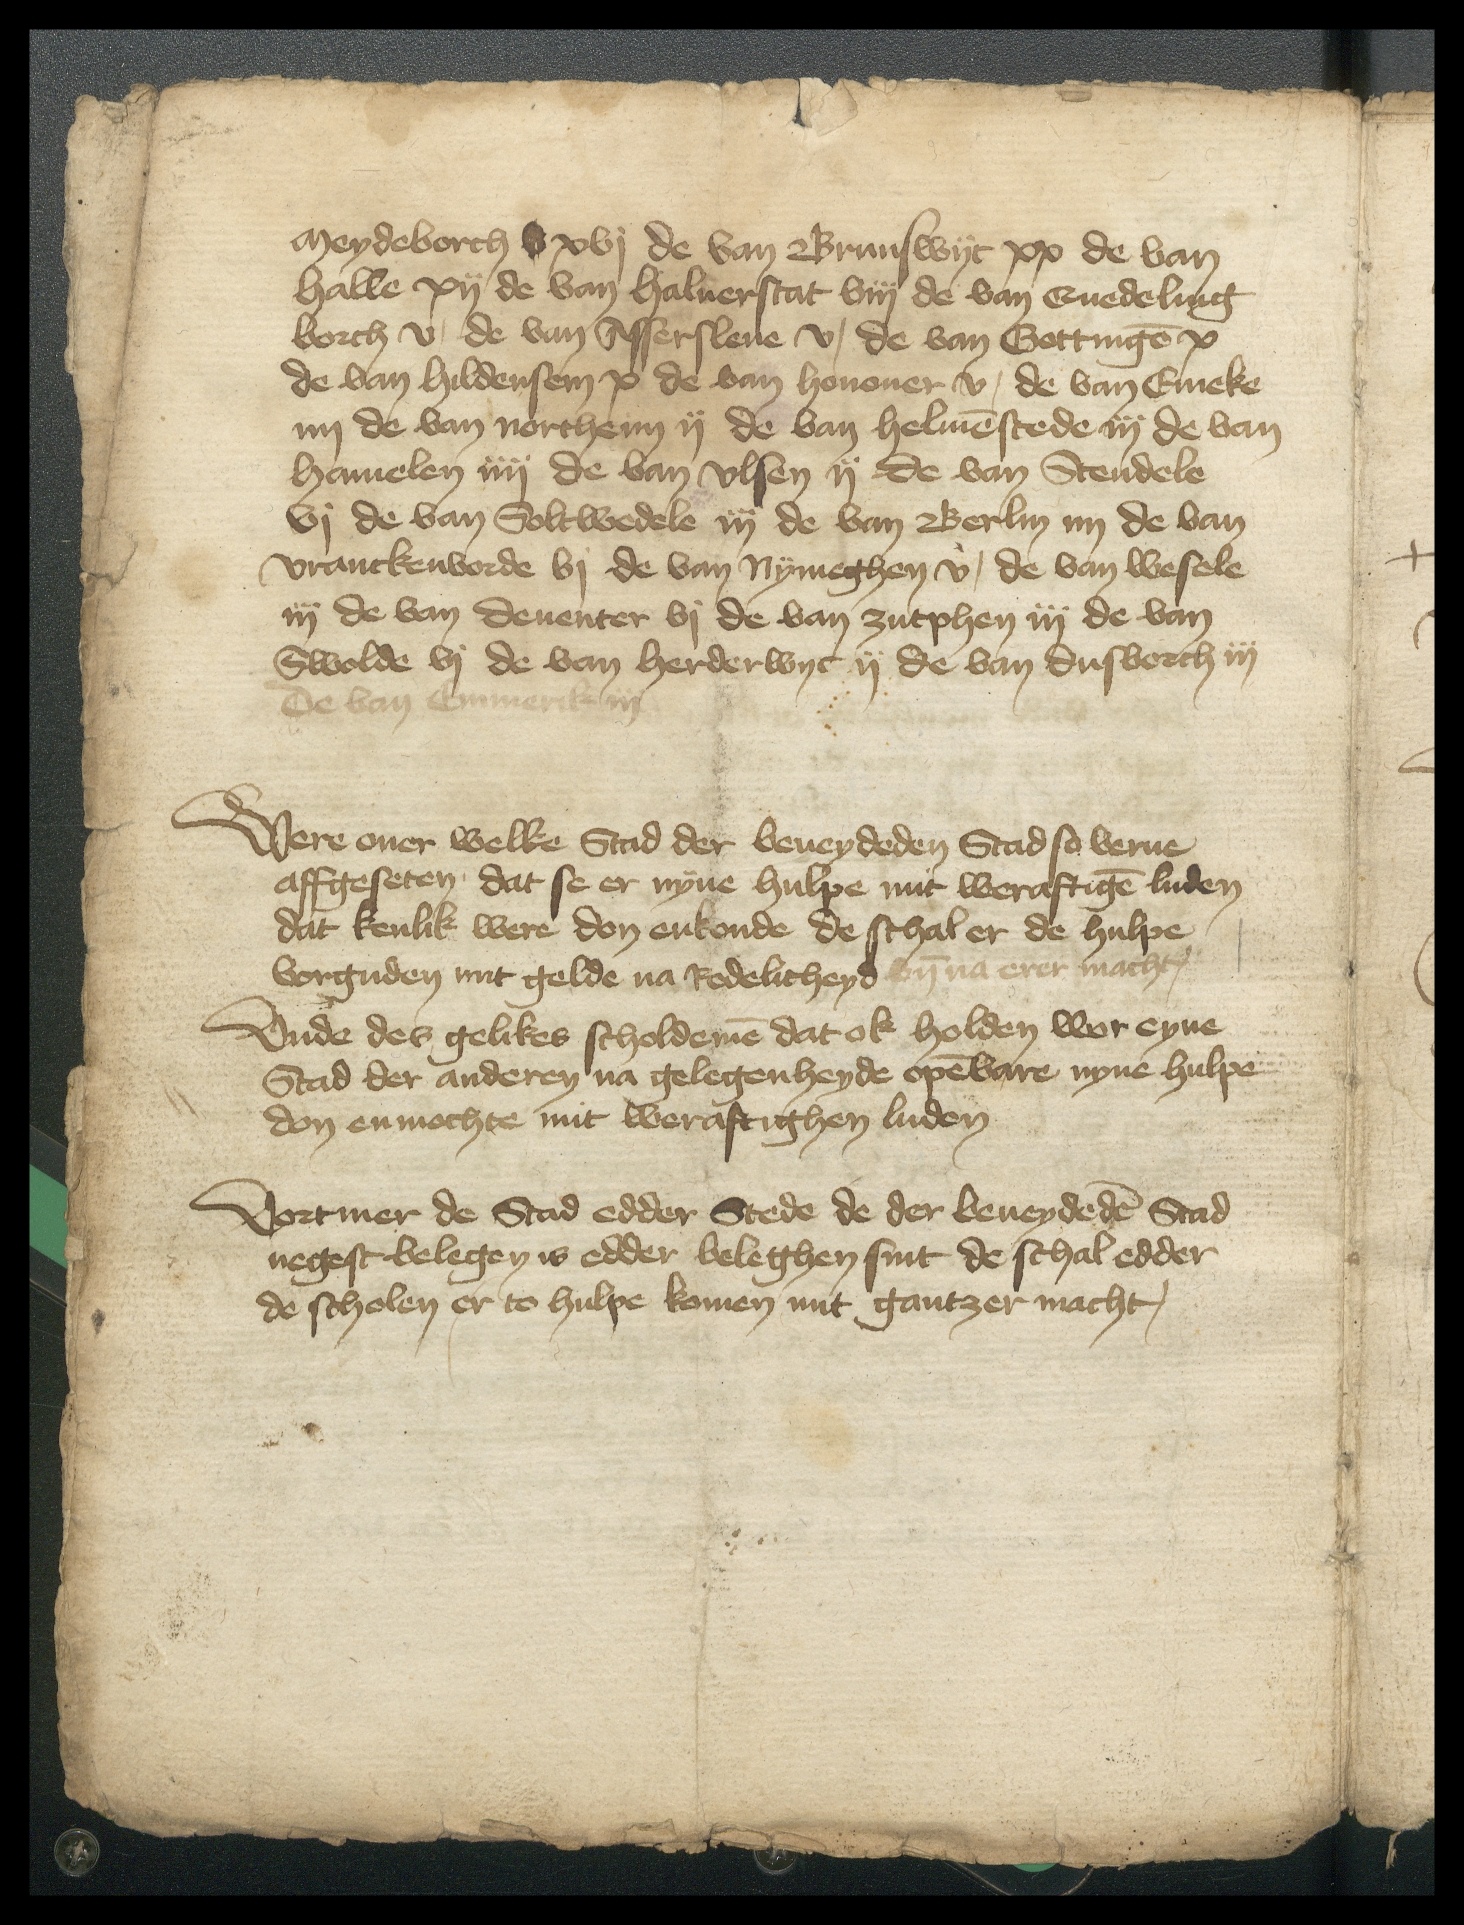
Meydeborch v xvj de van Brunswyc xx de van
Halle xij de van Haluerstat viij de van Quedeling
borch v, de van Assersleue v, de van Gottingen x
de van Hildensem x de van Honouer v, de van Emeke
iiij de van Northeim ij de van Helmenstede iij de van
Hamelen iiij de van Vlsen ij de van Stendele
vj de van Soltwedele iij de van Berlin iiij de van
Vranckenvorde vj de van Nymeghen v, de van Wesele
iij de van Deuenter vj de van Zutphen iij de van
Swolde vj de van Herderwyc ij de van Dusborch iij
De van Emmerik iij

Were ouer welke Stad der beueydeden Stad so verne
affgeseten, dat se er nyne hulpe mit weraftigen luden
dat kenlik were don enkonde de schal er de hulpe
vorguden mit gelde na Rodelicheyd vnde na erer macht

Vnde des gelikes scholdemen dat ok holden wor eyne
Stad der anderen na gelegenheyde openbare nyne hulpe
don enmochte mit weraftighen luden

Vortmer de Stad edder Stede de der beueydeden Stad
negest belegen is edder beleghen sint de schal edder
de scholen er to hulpe komen mit gantzer macht,